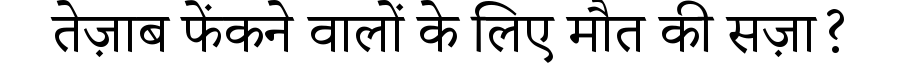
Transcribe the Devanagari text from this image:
तेज़ाब फेंकने वालों के लिए मौत की सज़ा?